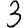
Digit: 3